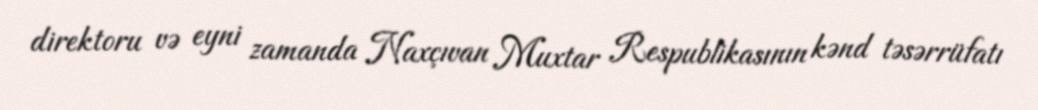
direktoru və eyni zamanda Naxçıvan Muxtar Respublikasının kənd təsərrüfatı